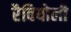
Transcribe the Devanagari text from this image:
रैवियोली